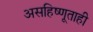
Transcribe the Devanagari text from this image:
असहिष्णूताही